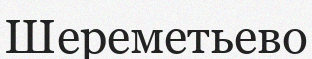
Шереметьево